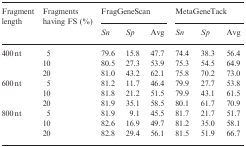
<table><thead><tr><td><b>Fragment length</b></td><td><b>Fragments having FS (%)</b></td><td colspan="3"><b>FragGeneScan</b></td><td colspan="3"><b>MetaGeneTack</b></td></tr><tr><td></td><td></td><td><b><i>Sn</i></b></td><td><b><i>Sp</i></b></td><td><b>Avg</b></td><td><b><i>Sn</i></b></td><td><b><i>Sp</i></b></td><td><b>Avg</b></td></tr></thead><tbody><tr><td>400 nt</td><td>5</td><td>79.6</td><td>15.8</td><td>47.7</td><td>74.4</td><td>38.3</td><td>56.4</td></tr><tr><td></td><td>10</td><td>80.5</td><td>27.3</td><td>53.9</td><td>75.3</td><td>54.5</td><td>64.9</td></tr><tr><td></td><td>20</td><td>81.0</td><td>43.2</td><td>62.1</td><td>75.8</td><td>70.2</td><td>73.0</td></tr><tr><td>600 nt</td><td>5</td><td>81.2</td><td>11.7</td><td>46.4</td><td>79.9</td><td>27.7</td><td>53.8</td></tr><tr><td></td><td>10</td><td>81.8</td><td>21.2</td><td>51.5</td><td>79.9</td><td>43.1</td><td>61.5</td></tr><tr><td></td><td>20</td><td>81.9</td><td>35.1</td><td>58.5</td><td>80.1</td><td>61.7</td><td>70.9</td></tr><tr><td>800 nt</td><td>5</td><td>81.9</td><td>9.1</td><td>45.5</td><td>81.7</td><td>21.7</td><td>51.7</td></tr><tr><td></td><td>10</td><td>82.6</td><td>16.9</td><td>49.7</td><td>81.2</td><td>35.0</td><td>58.1</td></tr><tr><td></td><td>20</td><td>82.8</td><td>29.4</td><td>56.1</td><td>81.5</td><td>51.9</td><td>66.7</td></tr></tbody></table>